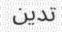
تدين